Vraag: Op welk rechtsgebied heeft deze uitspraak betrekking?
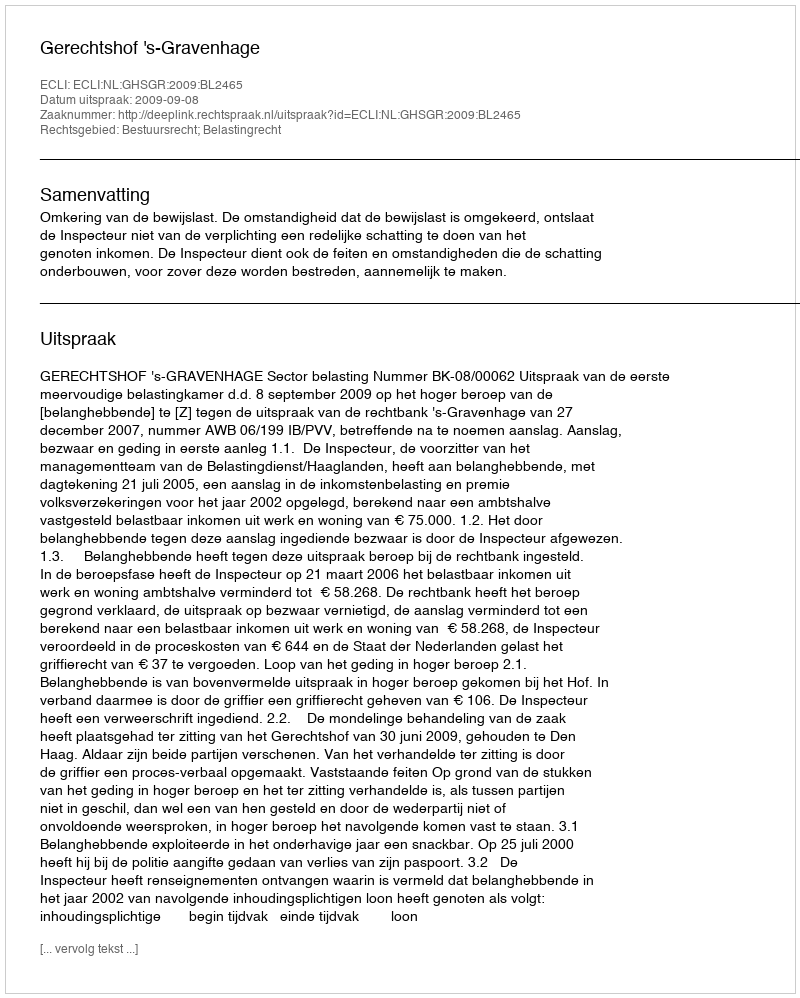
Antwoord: Bestuursrecht; Belastingrecht